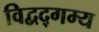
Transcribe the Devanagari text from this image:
विद्वद्गम्य